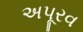
અપૂરવ